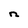
Character: n